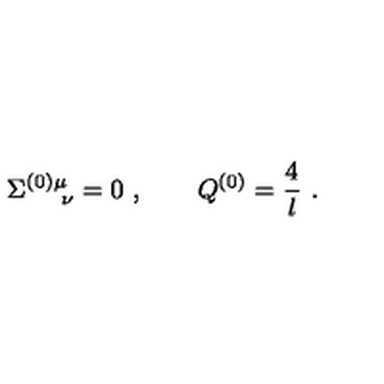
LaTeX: \Sigma _ { \quad \ \nu } ^ { ( 0 ) \mu } = 0 \ , \qquad Q ^ { ( 0 ) } = { \frac { 4 } { l } } \ .